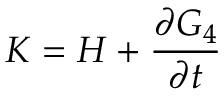
K = H + { \frac { \partial G _ { 4 } } { \partial t } }